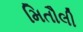
મિતૌલી